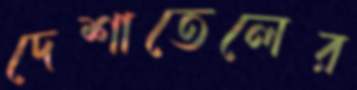
দেশাতেলের